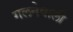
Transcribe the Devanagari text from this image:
गलनेवाली